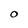
Character: O